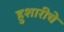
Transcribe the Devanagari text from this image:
हुशारीचे